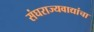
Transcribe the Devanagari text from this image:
संघराज्यवाद्यांचा